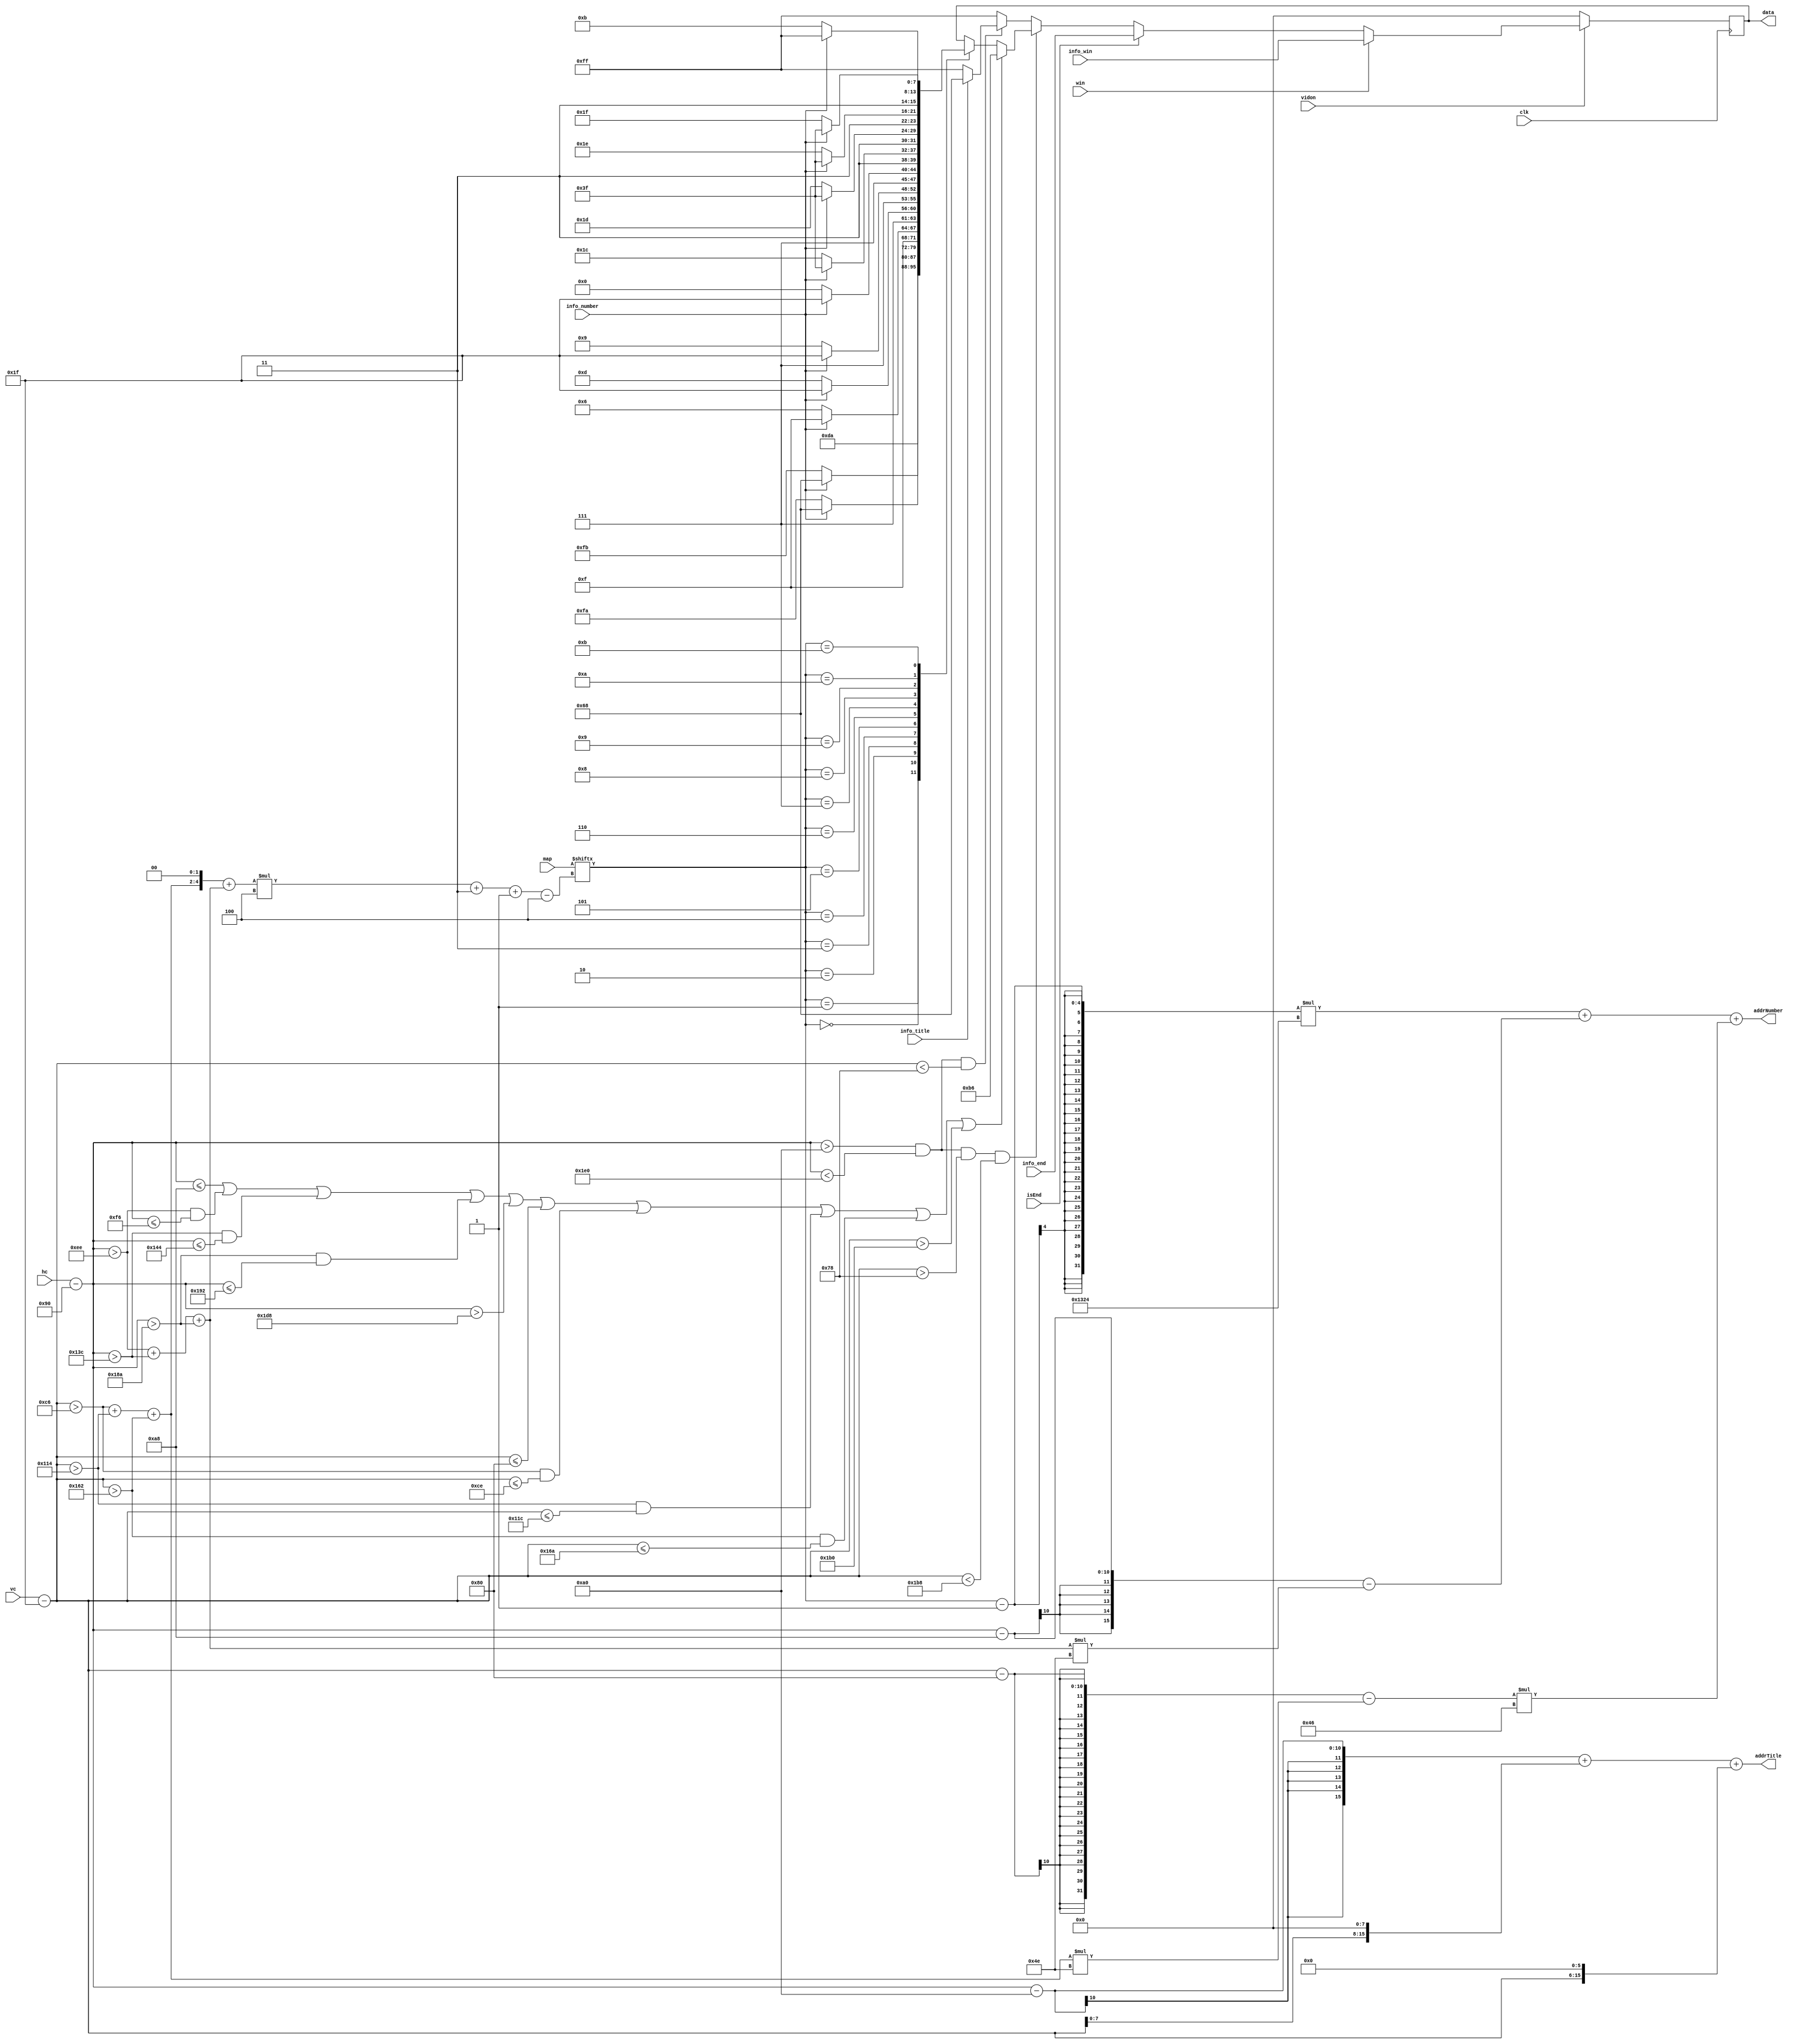
`timescale 1ns / 1ps
//////////////////////////////////////////////////////////////////////////////////
// Company: 
// Engineer: 
// 
// Design Name: 
// Module Name:    control 
// Project Name: 
// Target Devices: 
// Tool versions: 
// Description: 
//
// Dependencies: 
//
// Revision: 
// Revision 0.01 - File Created
// Additional Comments: 
//
//////////////////////////////////////////////////////////////////////////////////
module control(
			input wire clk,
			input wire [9:0] hc,
			input wire [9:0] vc,
			input wire vidon,
			input wire win,
			input wire isEnd,
			input wire [63:0] map,
			input wire info_number,
			input wire info_title,
			input wire [7:0] info_win,
			input wire [7:0] info_end,
			output reg [7:0] data,
			output wire [15:0] addrNumber,
			output wire [15:0] addrTitle
    );

	parameter h_pixel = 800;
	parameter h_total = 521;
	parameter hbp = 144;
	parameter hfp = 784;
	parameter vbp = 31;
	parameter vfp = 511;

	wire [9:0] xpix;
	wire [9:0] ypix;
	wire [9:0] x;
	wire [9:0] y;
	assign xpix = hc - hbp;
	assign ypix = vc - vbp;
	assign x = ((xpix>238)+(xpix>316)+(xpix>394));
	assign y = ((ypix>198)+(ypix>276)+(ypix>354));
	assign addrNumber = (map[(((y << 2) + x) * 4 + 3)-:4] - 1) * 4900 + (xpix - 168 - (x * 78)) + ((ypix - 128 - (y * 78)) * 70);
	assign addrTitle = xpix - 160 + (ypix << 8) + (ypix << 6);

	always @(posedge clk)
	begin
		if (vidon == 0)
		begin
			data <= 0;
		end
		else
		if (win == 1)
		begin
			data <= info_win;
		end
		else
		if (isEnd == 1)
		begin
			data <= info_end;
		end
		else
		if (xpix > 160 && xpix < 480 && ypix > 120 && ypix < 440)
		begin
			if (xpix <= 168 || (xpix > 238 && xpix <= 246) || (xpix > 316 && xpix <= 324) || (xpix > 394 && xpix <= 402) || xpix > 472
			||  ypix <= 128 || (ypix > 198 && ypix <= 206) || (ypix > 276 && ypix <= 284) || (ypix > 354 && ypix <= 362) || ypix > 432)
			begin
				data <= 8'b101_101_10;
			end
			else
			begin
				case (map[(((y << 2) + x) * 4 + 3)-:4])
					0:
					begin
						data <= 8'b11011010;
					end
					1:
					begin
						if (info_number == 0)
						begin
							data <= 8'b11111011;
						end
						else
						begin
							data <= 8'b01101000;
						end
					end
					2:
					begin
						if (info_number == 0)
						begin
							data <= 8'b11111010;
						end
						else
						begin
							data <= 8'b01101000;
						end
					end
					3:
					begin
						if (info_number == 0)
						begin
							data <= 8'b11110110;
						end
						else
						begin
							data <= 8'b11111111;
						end
					end
					4:
					begin
						if (info_number == 0)
						begin
							data <= 8'b11101101;
						end
						else
						begin
							data <= 8'b11111111;
						end
					end
					5:
					begin
						if (info_number == 0)
						begin
							data <= 8'b11101001;
						end
						else
						begin
							data <= 8'b11111111;
						end
					end
					6:
					begin
						if (info_number == 0)
						begin
							data <= 8'b11100000;
						end
						else
						begin
							data <= 8'b11111111;
						end
					end
					7:
					begin
						if (info_number == 0)
						begin
							data <= 8'b11011100;
						end
						else
						begin
							data <= 8'b11111111;
						end
					end
					8:
					begin
						if (info_number == 0)
						begin
							data <= 8'b11011101;
						end
						else
						begin
							data <= 8'b11111111;
						end
					end
					9:
					begin
						if (info_number == 0)
						begin
							data <= 8'b11011110;
						end
						else
						begin
							data <= 8'b11111111;
						end
					end
					10:
					begin
						if (info_number == 0)
						begin
							data <= 8'b11011111;
						end
						else
						begin
							data <= 8'b11111111;
						end
					end
					11:
					begin
						if (info_number == 0)
						begin
							data <= 8'b00001011;
						end
						else
						begin
							data <= 8'b11111111;
						end
					end
				endcase
			end
		end
		else
		if (xpix > 160 && xpix < 480 && ypix < 120)
		begin
			if (info_title == 0)
			begin
				data <= 8'b11111111;
			end
			else
			begin
				data <= 8'b01101000;
			end
		end
		else
		begin
			data <= 8'b11111111;
		end
	end


endmodule